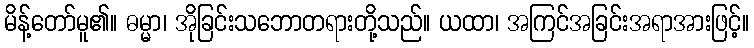
မိန့်တော်မူ၏။ ဓမ္မာ၊ အိုခြင်းသဘောတရားတို့သည်။ ယထာ၊ အကြင်အခြင်းအရာအားဖြင့်။